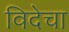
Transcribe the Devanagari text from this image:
विदेचा